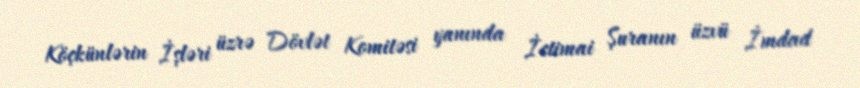
Köçkünlərin İşləri üzrə Dövlət Komitəsi yanında İctimai Şuranın üzvü İmdad